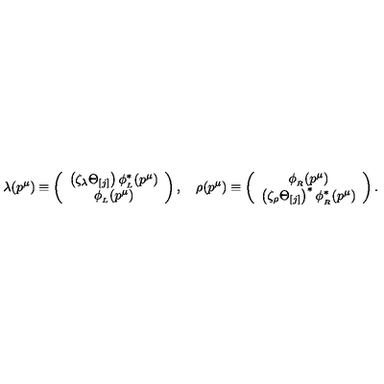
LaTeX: \lambda ( p ^ { \mu } ) \equiv \left( \begin{array} { c } { \left( \zeta _ { \lambda } \Theta _ { [ j ] } \right) \phi _ { _ L } ^ { \ast } ( p ^ { \mu } ) } \\ { \phi _ { _ L } ( p ^ { \mu } ) } \\ \end{array} \right) , \quad \rho ( p ^ { \mu } ) \equiv \left( \begin{array} { c } { \phi _ { _ R } ( p ^ { \mu } ) } \\ { \left( \zeta _ { \rho } \Theta _ { [ j ] } \right) ^ { \ast } \phi _ { _ R } ^ { \ast } ( p ^ { \mu } ) } \\ \end{array} \right) .